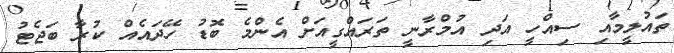
ތައުލީމާއި ސިއްހީ އަދި އުމްރާނީ ތަރައްގީއަށް އެންމެ ބޮޑު ހޭދަައެއް ކުރާ ބަޖެޓު